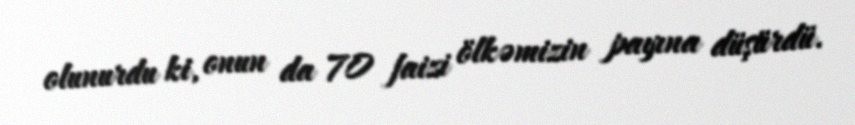
olunurdu ki, onun da 70 faizi ölkəmizin payına düşürdü.